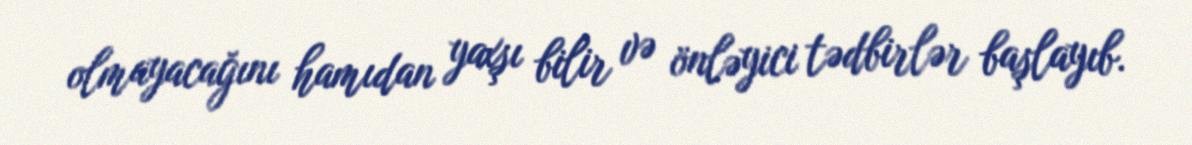
olmayacağını hamıdan yaxşı bilir və önləyici tədbirlər başlayıb.